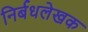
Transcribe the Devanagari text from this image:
निर्बधलेखक